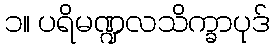
၁။ ပရိမဏ္ဍလသိက္ခာပုဒ်